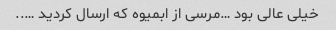
خیلی عالی بود …مرسی از ابمیوه که ارسال کردید …..